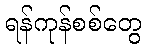
ရန်ကုန်စစ်တွေ